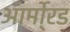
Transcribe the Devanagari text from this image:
आर्मो्रड